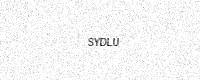
Text: SYDLU